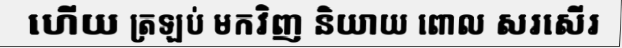
ហើយ ត្រឡប់ មកវិញ និយាយ ពោល សរសើរ